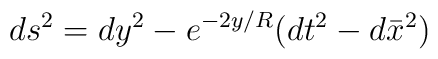
ds^2=dy^2-e^{-2y/R}(dt^2-d\bar{x}^2)